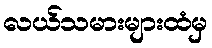
လယ်သမားများထံမှ